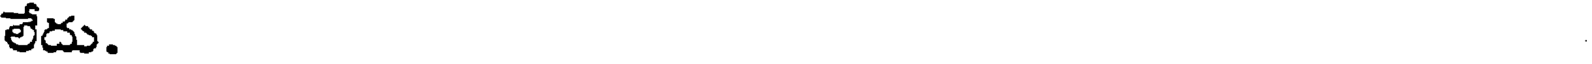
లేదు.